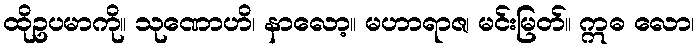
ထိုဥပမာကို။ သုဏောဟိ၊ နာလော့။ မဟာရာဇ၊ မင်းမြတ်။ ဣဓ လော၊